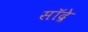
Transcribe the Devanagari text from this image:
सॉद्रे